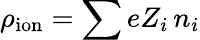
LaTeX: \rho_{\mathrm{ion}}=\sum eZ_{i}\, n_{i}